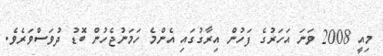
މިއީ 2008 ވަނަ އަހަރުގެ ފަހުން އިރާގުގައި އެންމެ ހަމަނުޖެހުން ބޮޑު ދުވަސްވަރެވެ.